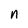
Character: n